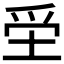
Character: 𡋧